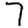
Digit: 7